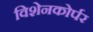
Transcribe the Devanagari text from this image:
विशेनकोर्पर